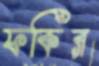
ফকির